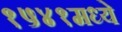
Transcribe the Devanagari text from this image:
१५४१मध्ये